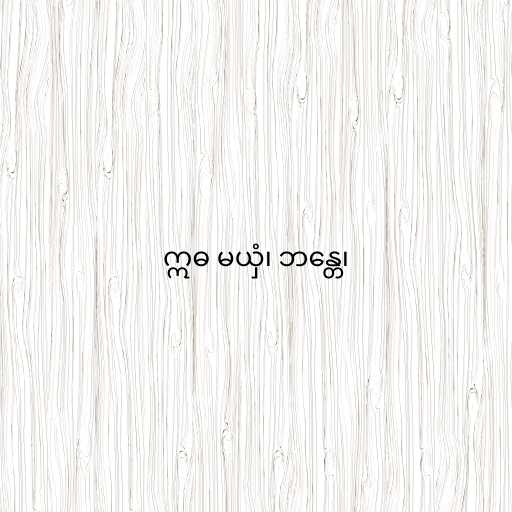
ဣဓ မယှံ၊ ဘန္တေ၊